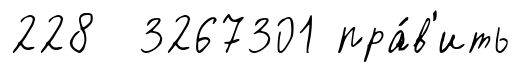
228 3267301 пра́в'ить